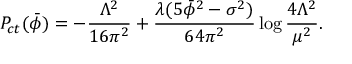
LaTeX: P _ { c t } ( \bar { \phi } ) = - { \frac { \Lambda ^ { 2 } } { 1 6 \pi ^ { 2 } } } + { \frac { \lambda ( 5 \bar { \phi } ^ { 2 } - \sigma ^ { 2 } ) } { 6 4 \pi ^ { 2 } } } \log { \frac { 4 \Lambda ^ { 2 } } { \mu ^ { 2 } } } .